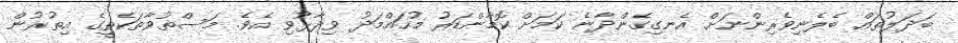
ބަދަލުތައް ބެލެނިވެރިންނަށް އެނގިގެންދާނެ ކަމަށް ކޮމާންޑަރު މުހައްމަދު ވިދާޅުވި އެވެ. މަސްތުވާތަކެތީގެ އިތުރުން